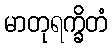
မာတုရက္ခိတံ